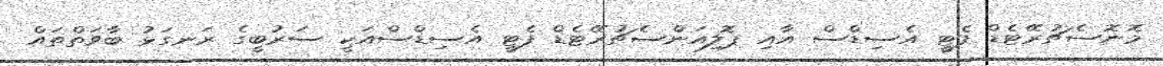
މޮނޮސެޗުރޭޓެޑް ފެޓީ އެސިޑްސް އާއި ޕޮލިއަންސެޗުރޭޓެޑް ފެޓީ އެސިޑްސްއަކީ ސަރުބީގެ ރަނގަޅު ބާވަތްތައް